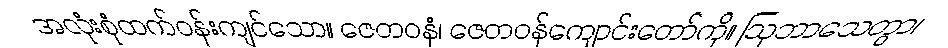
အလုံးစုံထက်ဝန်းကျင်သော။ ဇေတဝနံ၊ ဇေတဝန်ကျောင်းတော်ကို။ ဩဘာသေတွာ၊